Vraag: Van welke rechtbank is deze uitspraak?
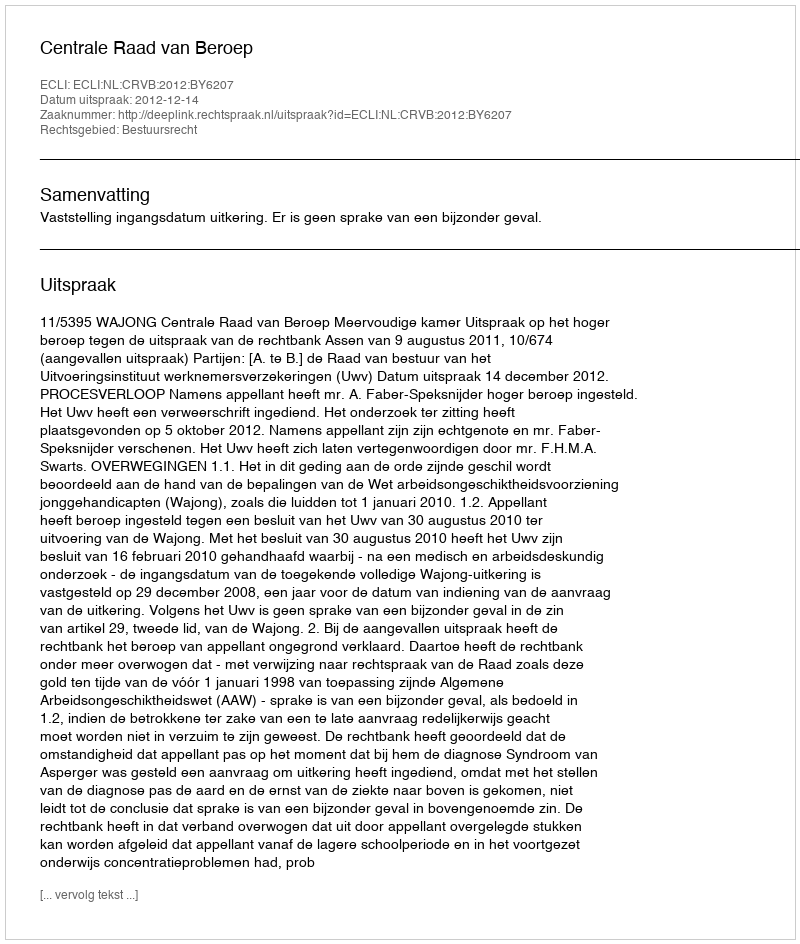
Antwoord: Centrale Raad van Beroep